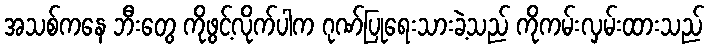
အသစ်ကနေ ဘီးတွေ ကိုဖွင့်လိုက်ပါက ဂုဏ်ပြုရေးသားခဲ့သည် ကိုကမ်းလှမ်းထားသည်